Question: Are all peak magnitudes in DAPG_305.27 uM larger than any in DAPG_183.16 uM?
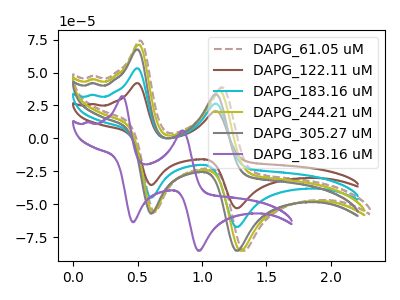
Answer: <think>The brown dashed curve "DAPG_61.05 uM" has anodic peaks at (0.50V, 74.25uA) (1.15V, 38.85uA) and cathodic peaks at (0.65V, -55.90uA) (1.30V, -85.45uA). The brown curve "DAPG_122.11 uM" has anodic peaks at (0.50V, 106.50uA) (1.10V, 53.00uA) and cathodic peaks at (0.60V, -90.10uA) (1.25V, -134.75uA). The cyan curve "DAPG_183.16 uM" has anodic peaks at (0.50V, 53.25uA) (1.10V, 26.50uA) and cathodic peaks at (0.60V, -45.05uA) (1.25V, -67.35uA). The olive curve "DAPG_244.21 uM" has anodic peaks at (0.50V, 71.20uA) (1.15V, 36.45uA) and cathodic peaks at (0.60V, -56.50uA) (1.30V, -85.45uA). The gray curve "DAPG_305.27 uM" has anodic peaks at (0.50V, 67.55uA) (1.10V, 33.65uA) and cathodic peaks at (0.60V, -57.15uA) (1.25V, -85.45uA). The purple curve "DAPG_183.16 uM" has anodic peaks at (0.40V, 32.00uA) (0.85V, 5.95uA) and cathodic peaks at (0.45V, -63.75uA) (0.95V, -85.45uA).</think>
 <answer>Every peak in "DAPG_305.27 uM" is higher than every peak in "DAPG_183.16 uM".</answer>
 <eval>higher</eval>